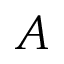
A